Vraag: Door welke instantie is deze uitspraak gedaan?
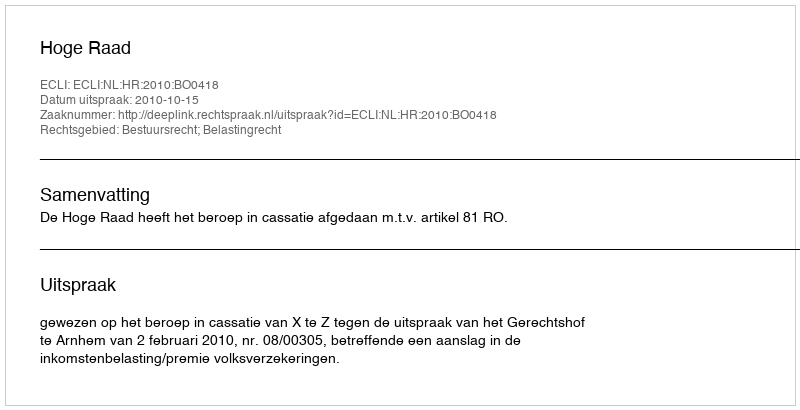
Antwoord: Hoge Raad